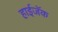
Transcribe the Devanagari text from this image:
हाईजॅक